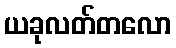
ယခုလတ်တလော